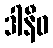
ဒါနီဓ